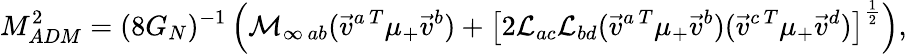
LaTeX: M_{ADM}^{2}=(8G_{N})^{-1}\left({}{\cal M}_{\infty\, ab}({\vec{v}}^{a\, T}\mu_{+}{\vec{v}}^{b})+\left[{2}{\cal L}_{ac}{\cal L}_{bd}({\vec{v}}^{a\, T}\mu_{+}{\vec{v}}^{b})({\vec{v}}^{c\, T}\mu_{+}{\vec{v}}^{d})\right]^{\frac{1}{2}}\right),